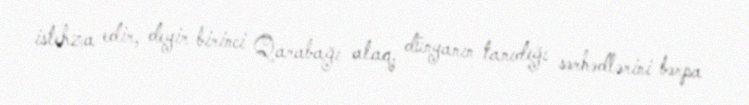
istehza edir, deyir birinci Qarabağı alaq, dünyanın tanıdığı sərhədlərini bərpa